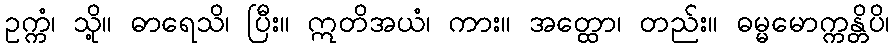
ဥက္ကံ၊ သို့။ ဓာရေသိ၊ ပြီး။ ဣတိအယံ၊ ကား။ အတ္ထော၊ တည်း။ ဓမ္မမောက္ကန္တိပိ၊